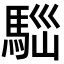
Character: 𩣃